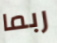
ربما